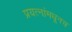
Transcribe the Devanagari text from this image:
प्रयत्नांमधूनच